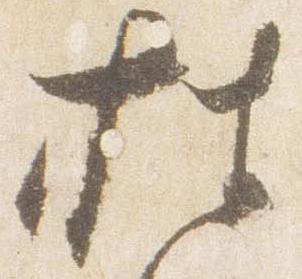
披